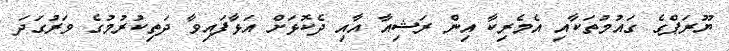
ޔޫރަޕްގެ ގައުމުތަކާއި އެމެރިކާ އިން ރަޝިއާ އާއި ދެކޮޅަށް އަޅާފައިވާ ދަތިކުރުމުގެ ވަރުގަދަ